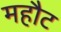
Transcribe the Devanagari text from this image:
महौट